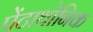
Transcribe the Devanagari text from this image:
पेंटाथोनिक